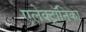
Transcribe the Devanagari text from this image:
एलेक्ट्रॉनिका